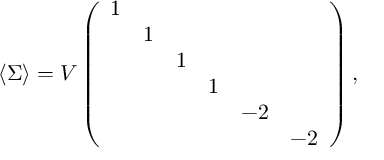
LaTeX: \langle \Sigma \rangle = V \left( \begin{array} { c c c c c c } { { 1 } } & { { } } & { { } } & { { } } & { { } } & { { } } \\ { { } } & { { 1 } } & { { } } & { { } } & { { } } & { { } } \\ { { } } & { { } } & { { 1 } } & { { } } & { { } } & { { } } \\ { { } } & { { } } & { { } } & { { 1 } } & { { } } & { { } } \\ { { } } & { { } } & { { } } & { { } } & { { - 2 } } & { { } } \\ { { } } & { { } } & { { } } & { { } } & { { } } & { { - 2 } } \end{array} \right) ,